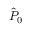
\hat { P } _ { 0 }